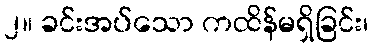
၂။ ခင်းအပ်သော ကထိန်မရှိခြင်း၊